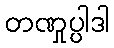
တဏှုပ္ပါဒါ